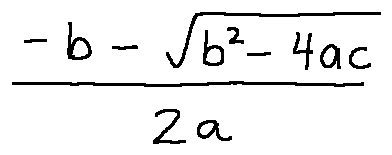
\frac { - b - \sqrt { b ^ { 2 } - 4 a c } } { 2 a }